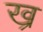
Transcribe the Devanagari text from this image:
ख्र